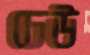
ঢেউ